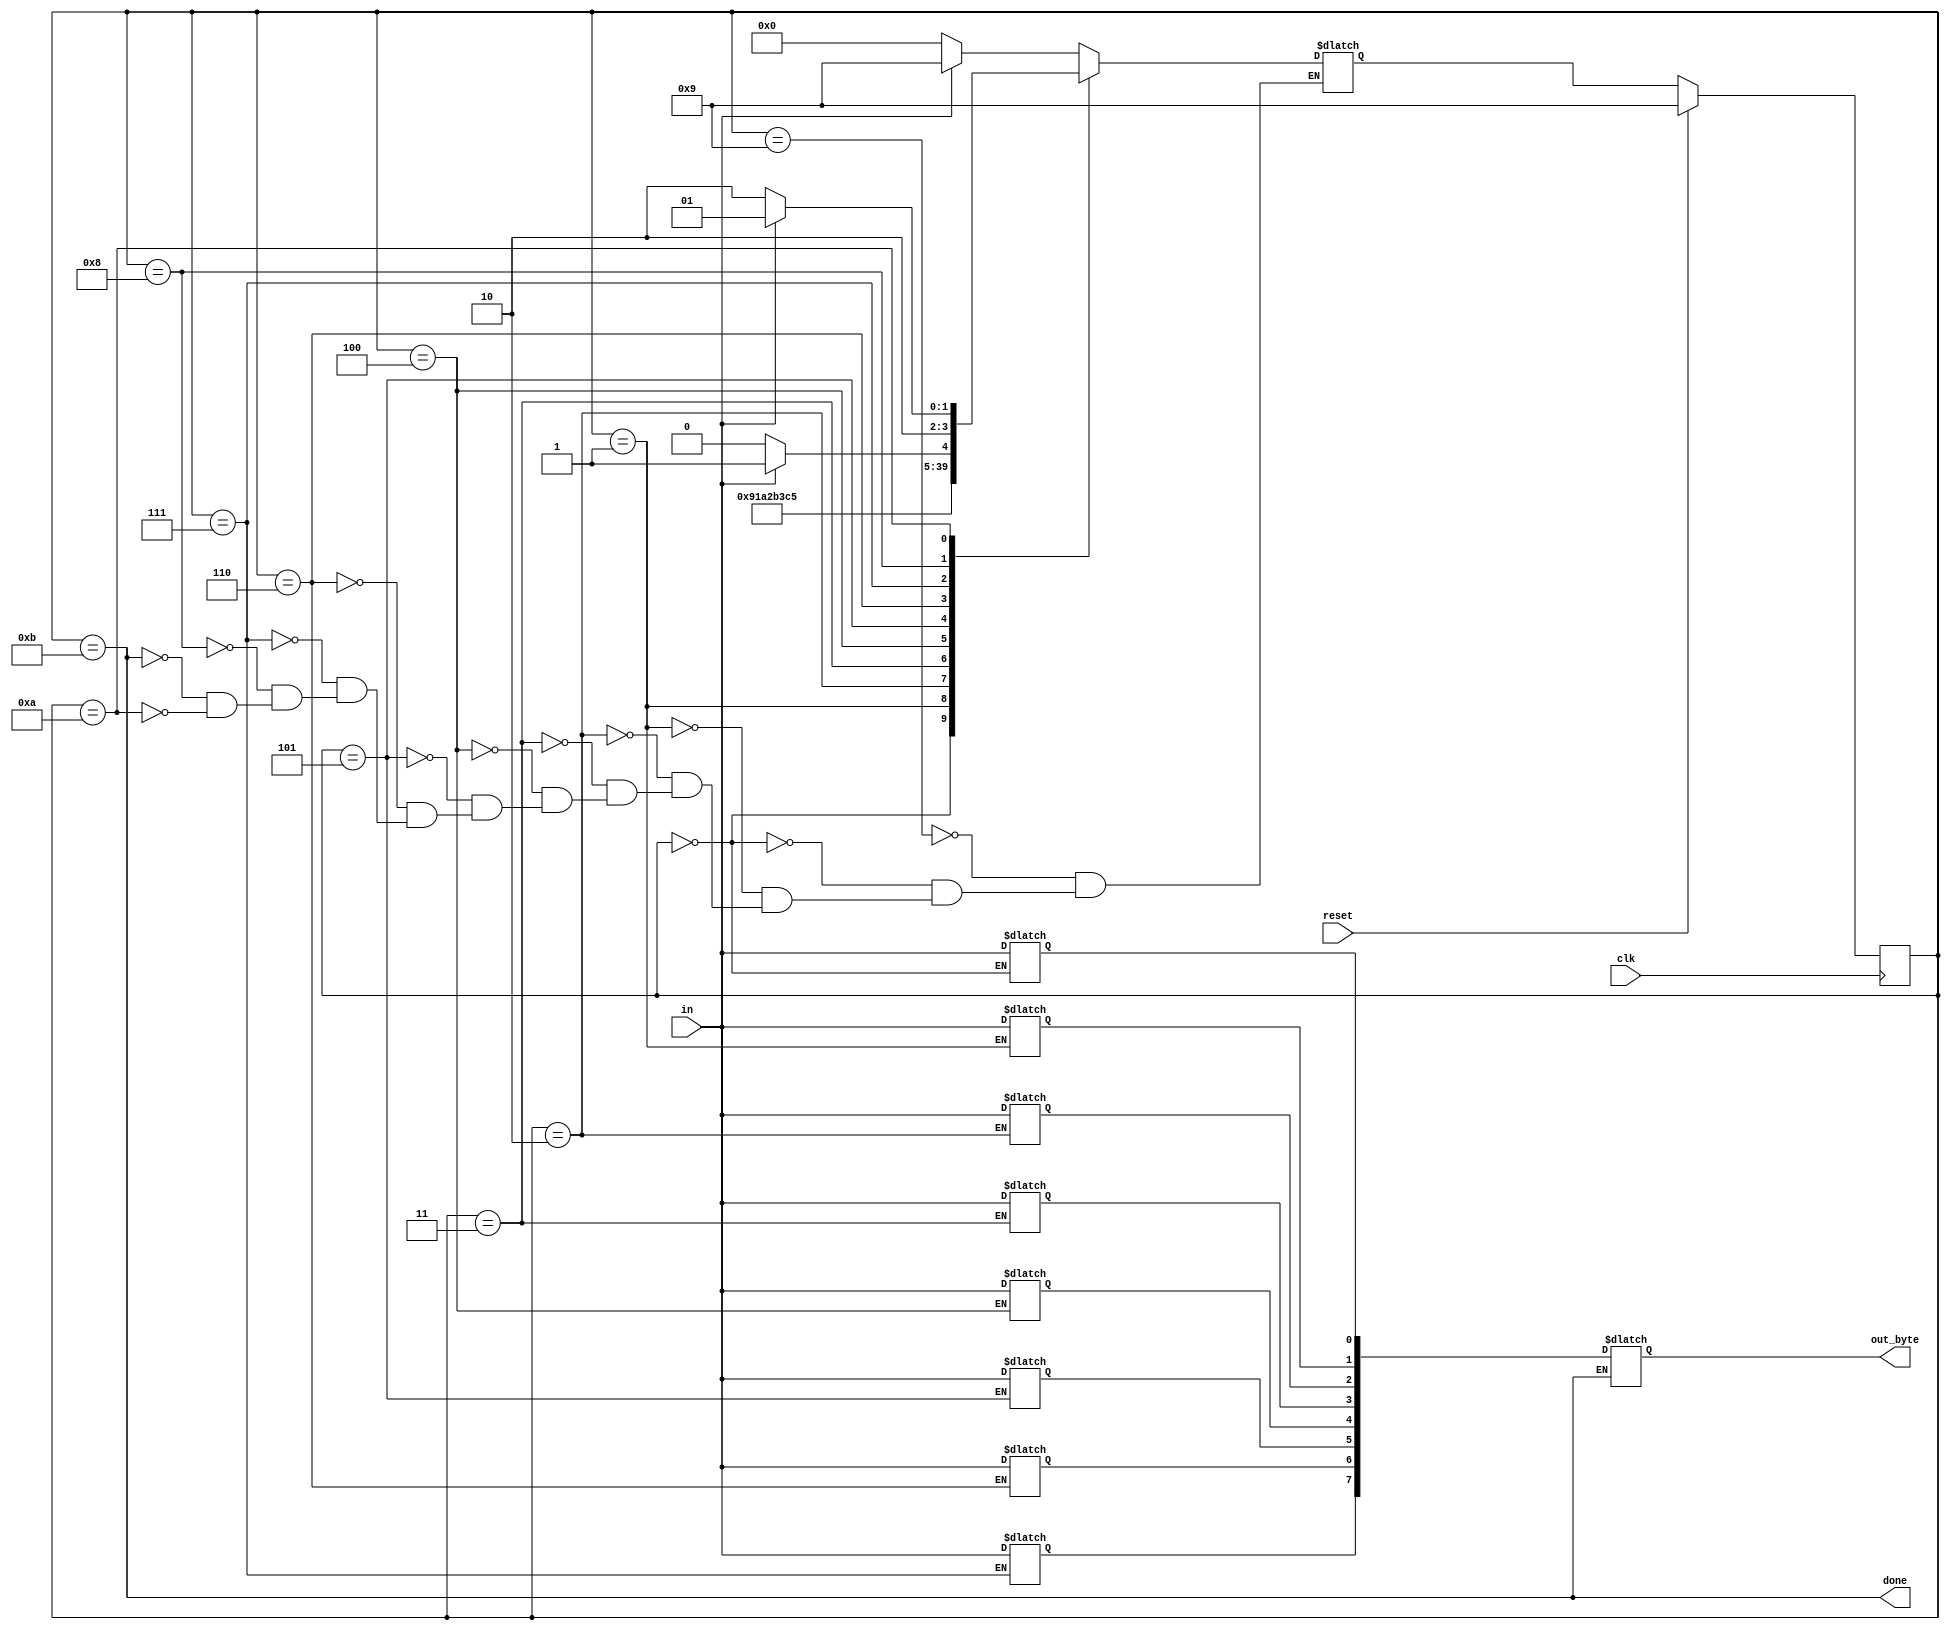
module top_module(
    input clk,
    input in,
    input reset,    // Synchronous reset
    output [7:0] out_byte,
    output done
); //

    // Use FSM from Fsm_serial

    //-------------Internal Constants-----------------
    parameter START=0, B1=1, B2=2, B3=3, B4=4, B5=5, B6=6, B7=7, B8=8, IDLE=9, WAIT=10, DONE=11;  // States 
    //-------------Internal Variables-----------------
    reg [3:0] state, next_state; //Used binary encoding, 4 state bits required for 12 states.
    reg [7:0] out_reg;
    
    // State transition logic - Combinational Logic
    always @(*) begin
        case(state)
            IDLE : next_state = in ? IDLE : START;
            START : next_state = B1;
            B1 : next_state = B2;
            B2 : next_state = B3;
            B3 : next_state = B4;
            B4 : next_state = B5;
            B5 : next_state = B6;
            B6 : next_state = B7;
			B7 : next_state = B8;
            B8 : next_state = in ? DONE : WAIT;
            DONE : next_state = in ? IDLE : START;
            WAIT : next_state = in ? IDLE : WAIT;
            //default : next_state = 4'bxxx;
        endcase
        
     // New: Datapath to latch input bits.   
        case(state)
           // IDLE : 
            START : out_reg[0] = in;
            B1 : out_reg[1] = in;
            B2 : out_reg[2] = in;
            B3 : out_reg[3] = in;
            B4 : out_reg[4] = in;
            B5 : out_reg[5] = in;
            B6 : out_reg[6] = in;
            B7 : out_reg[7] = in;
            //B8 : out_reg[] = in;
            DONE :out_byte = out_reg;
            //WAIT : ;
            //default : next_state = 4'bxxx;
        endcase
    end

    // Current state logic - Sequential Logic
    always @(posedge clk) begin
    // synchronous reset
        if(reset)
            state <= IDLE;
        else
            state <= next_state;
    end

    // Output logic - Combinational output logic
    assign done = (state == DONE);    
    
endmodule